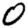
Digit: 0